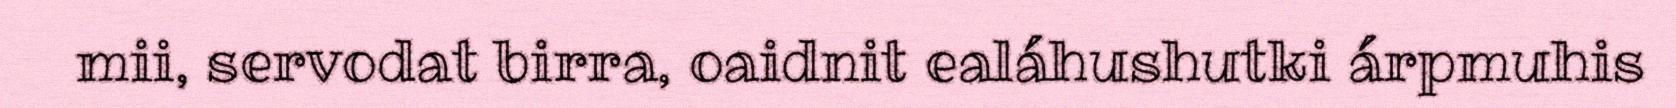
mii, servodat birra, oaidnit ealáhushutki árpmuhis